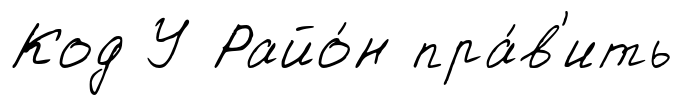
Код У Райо́н пра́в'ить